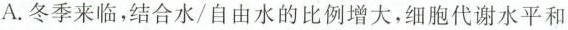
A.冬季来临，结合水/自由水的比例增大，细胞代谢水平和